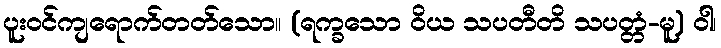
ပူးဝင်ကျရောက်တတ်သော။ (ရက္ခသော ဝိယ သပတီတိ သပတ္တံ-မူ) ဝါ၊